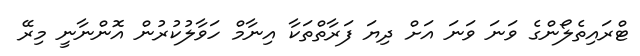
ޓްރައިތެލޯންގެ ވަނަ ވަނަ އަށް ދިޔަ ފަރާތްތަކާ އިނާމް ހަވާލުކުރުން އޮންނާނީ މިރޭ